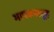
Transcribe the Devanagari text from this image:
भाषकसमूह